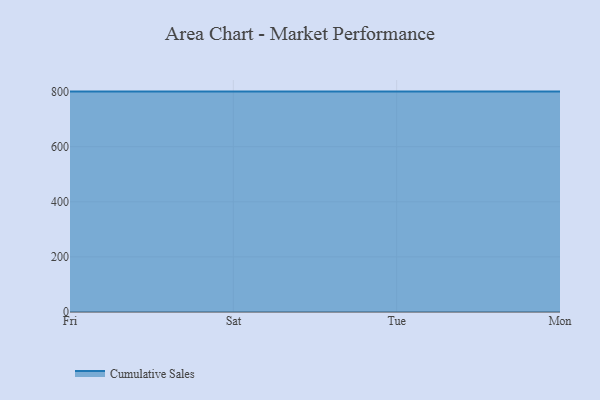
{"axis": {"x": "Day", "y": "Temperature (°C)"}, "legend": ["Cumulative Sales"], "data": [{"x": "Fri", "y": 800, "type": "Cumulative Sales"}, {"x": "Sat", "y": 800, "type": "Cumulative Sales"}, {"x": "Tue", "y": 800, "type": "Cumulative Sales"}, {"x": "Mon", "y": 800, "type": "Cumulative Sales"}]}